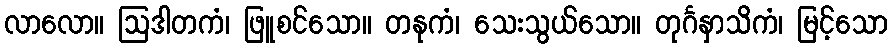
လာလော။ ဩဒါတကံ၊ ဖြူစင်သော။ တနုကံ၊ သေးသွယ်သော။ တုင်္ဂနှာသိကံ၊ မြင့်သော